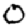
Digit: 0